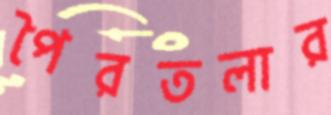
পৈরতলার